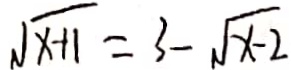
\sqrt { x + 1 } = 3 - \sqrt { x - 2 }